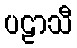
ပဠာသီ